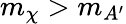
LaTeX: m_{\chi}>m_{A^{\prime}}